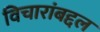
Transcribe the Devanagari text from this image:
विचारांबद्दल